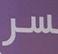
سر